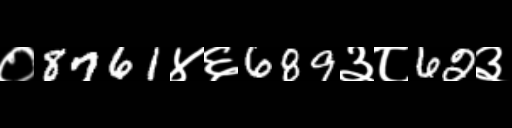
Text: ०8761४६689३८62३